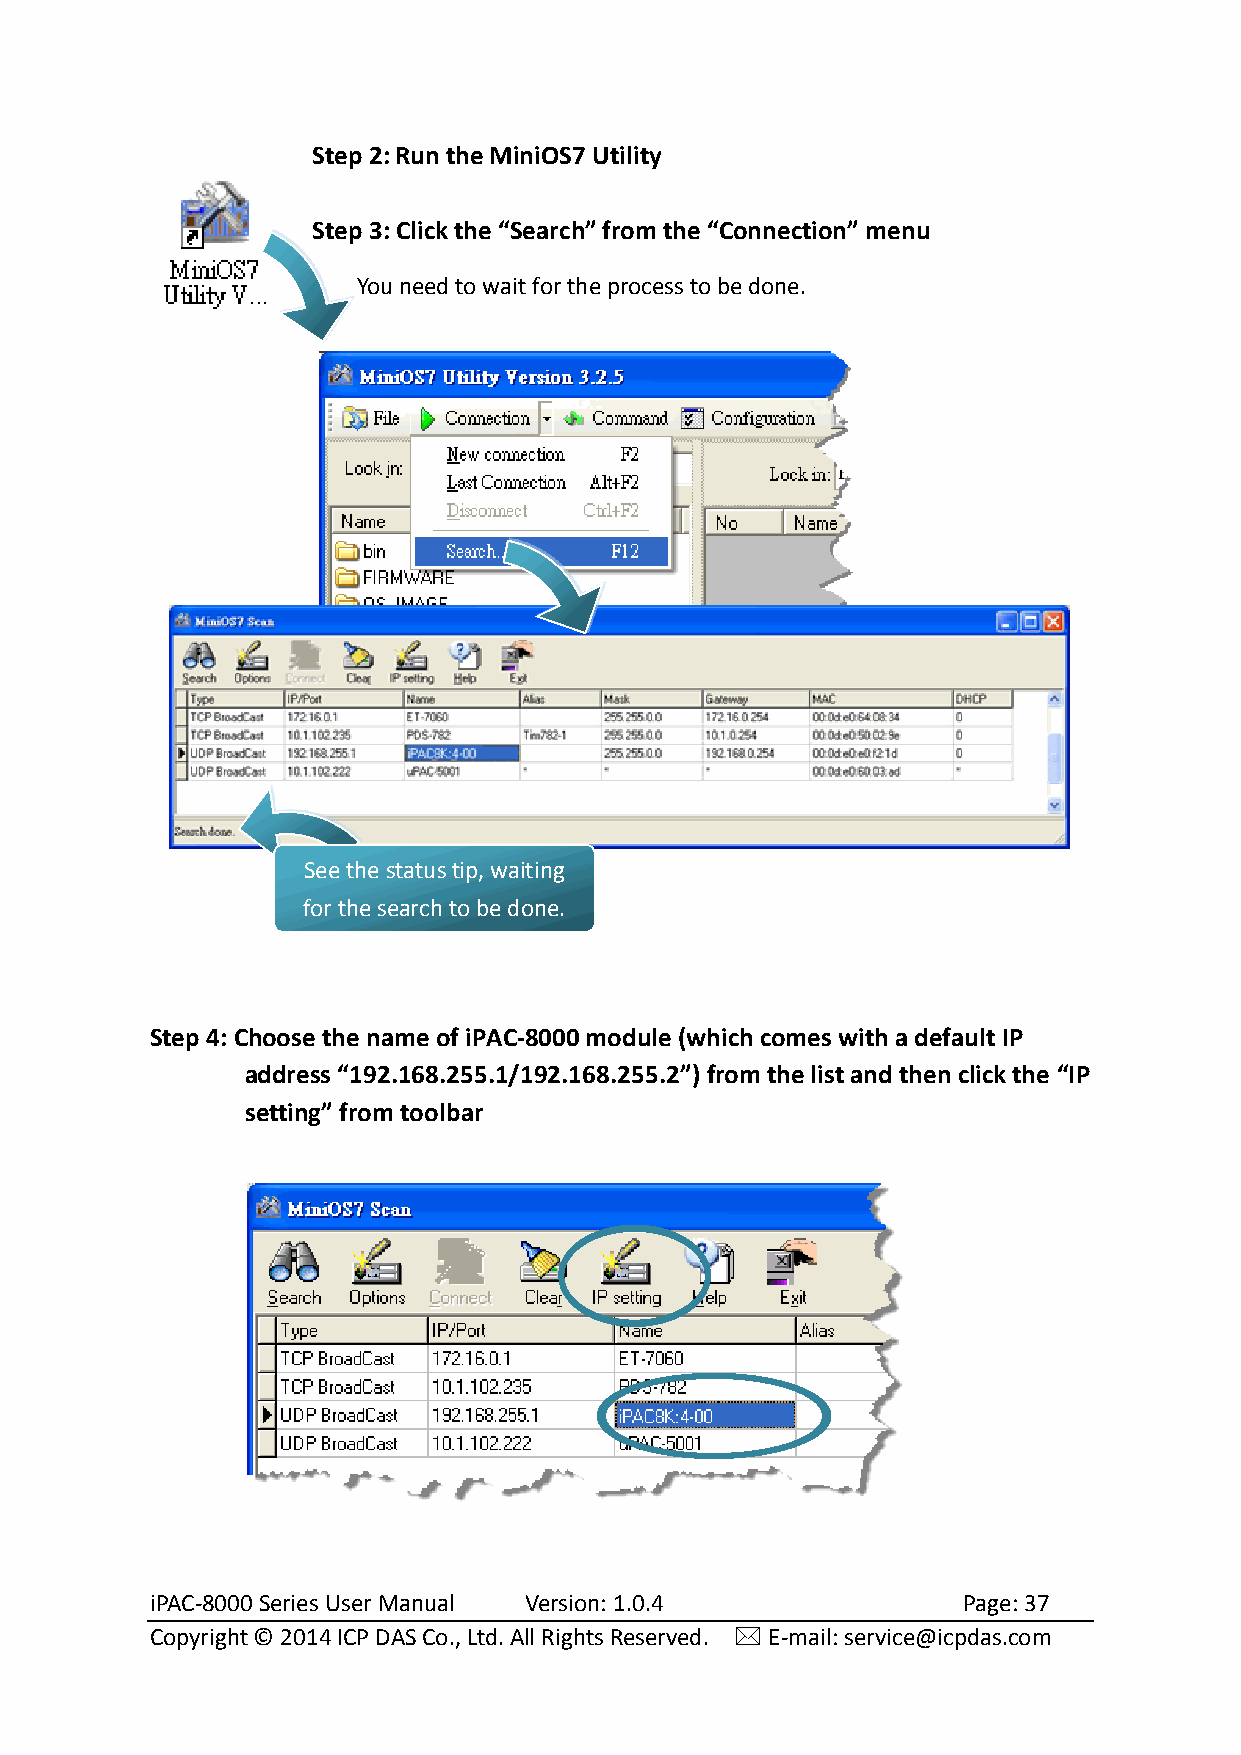
Step 2: Run the MiniOS7 Utility
 Step 3: Click the “Search” from the “Connection” menu
 You need to wait for the process to be done.
 See the status tip, waiting
 for the search to be done.
 Step 4: Choose the name of iPAC-8000 module (which comes with a default IP
 address “192.168.255.1/192.168.255.2”) from the list and then click the “IP
 setting” from toolbar
 iPAC-8000 Series User Manual Version: 1.0.4           Page: 37
 Copyright © 2014 ICP DAS Co., Ltd. All Rights Reserved.  E-mail: service@icpdas.com